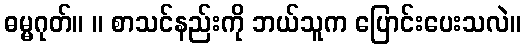
ဓမ္မဂုတ်။ ။ စာသင်နည်းကို ဘယ်သူက ပြောင်းပေးသလဲ။